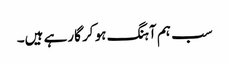
سب ہم آہنگ ہو کر گارہے ہیں۔